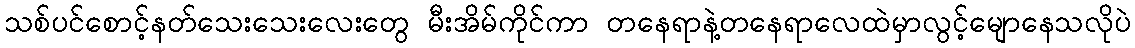
သစ်ပင်စောင့်နတ်သေးသေးလေးတွေ မီးအိမ်ကိုင်ကာ တနေရာနဲ့တနေရာလေထဲမှာလွင့်မျောနေသလိုပဲ